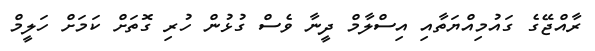
ރާއްޖޭގެ ގައުމިއްޔަތާއި އިސްލާމް ދީނާ ވެސް ގުޅުން ހުރި ގޮތަށް ކަމަށް ހަލީމް